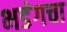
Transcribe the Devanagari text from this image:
भडंगचा